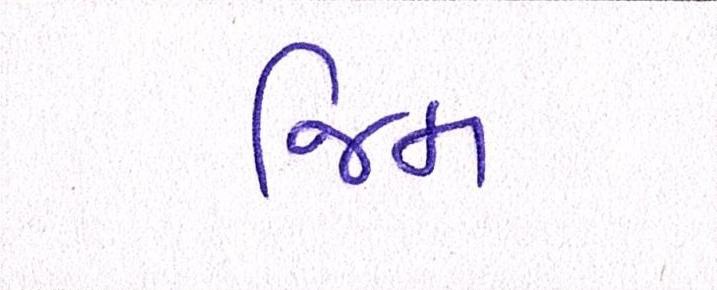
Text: જિમ